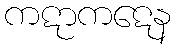
ကဋာကဋေန